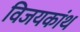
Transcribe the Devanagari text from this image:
विजयकांथ